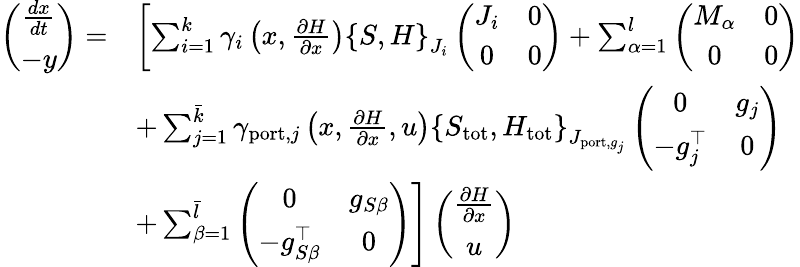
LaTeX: \begin{array}{rl}{\left(\begin{array}{c}{\frac{dx}{dt}}\\ {-y}\end{array}\right)=}&{\left[\sum_{i=1}^{k}\gamma_{i}\left(x,\frac{\partial H}{\partial x}\right)\left\{ S,H\right\} _{J_{i}}\left(\begin{array}{cc}{J_{i}}&{0}\\ {0}&{0}\end{array}\right)+\sum_{\alpha=1}^{l}\left(\begin{array}{cc}{M_{\alpha}}&{0}\\ {0}&{0}\end{array}\right)\right.}\\ &{+\sum_{j=1}^{\bar{k}}\gamma_{\textrm{port},j}\left(x,\frac{\partial H}{\partial x},u\right)\left\{ S_{\textrm{tot}},H_{\textrm{tot}}\right\} _{J_{\textrm{port},g_{j}}}\left(\begin{array}{cc}{0}&{g_{j}}\\ {-g_{j}^{\top}}&{0}\end{array}\right)}\\ &{\left.+\sum_{\beta=1}^{\bar{l}}\left(\begin{array}{cc}{0}&{g_{S\beta}}\\ {-g_{S\beta}^{\top}}&{0}\end{array}\right)\right]\left(\begin{array}{c}{\frac{\partial H}{\partial x}}\\ {u}\end{array}\right)}\end{array}